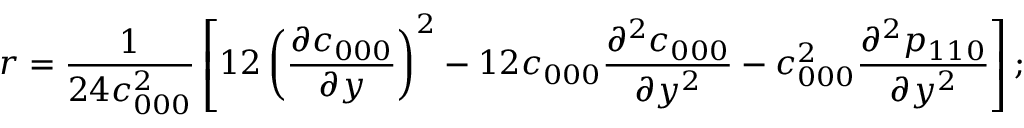
r = \frac { 1 } { 2 4 c _ { 0 0 0 } ^ { 2 } } \left[ 1 2 \left( \frac { \partial c _ { 0 0 0 } } { \partial y } \right) ^ { 2 } - 1 2 c _ { 0 0 0 } \frac { \partial ^ { 2 } c _ { 0 0 0 } } { \partial y ^ { 2 } } - c _ { 0 0 0 } ^ { 2 } \frac { \partial ^ { 2 } p _ { 1 1 0 } } { \partial y ^ { 2 } } \right] ;